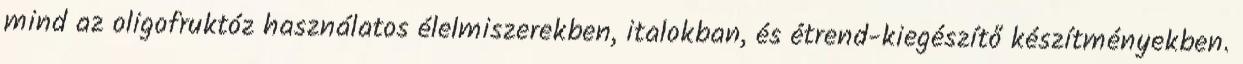
mind az oligofruktóz használatos élelmiszerekben, italokban, és étrend-kiegészítő készítményekben.